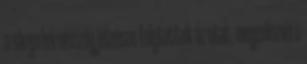
a sárga háromszög jelzésen folytattuk az utat, megcélozva a